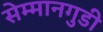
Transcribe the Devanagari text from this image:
सेम्मानगुडी